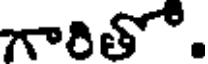
గారితో.